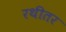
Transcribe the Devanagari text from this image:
रथीतर